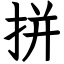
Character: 拼